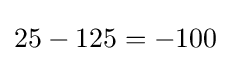
25-125=-100